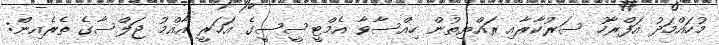
މުހައްމަދު އަފްރާހު ސަރުކާރާއި ރައްޔިތުން ހިއްސާވާ އެމްޓީސީސީގެ އަހަރީ އާއްމު ޖަލްސާގެ ތެރެއިން: